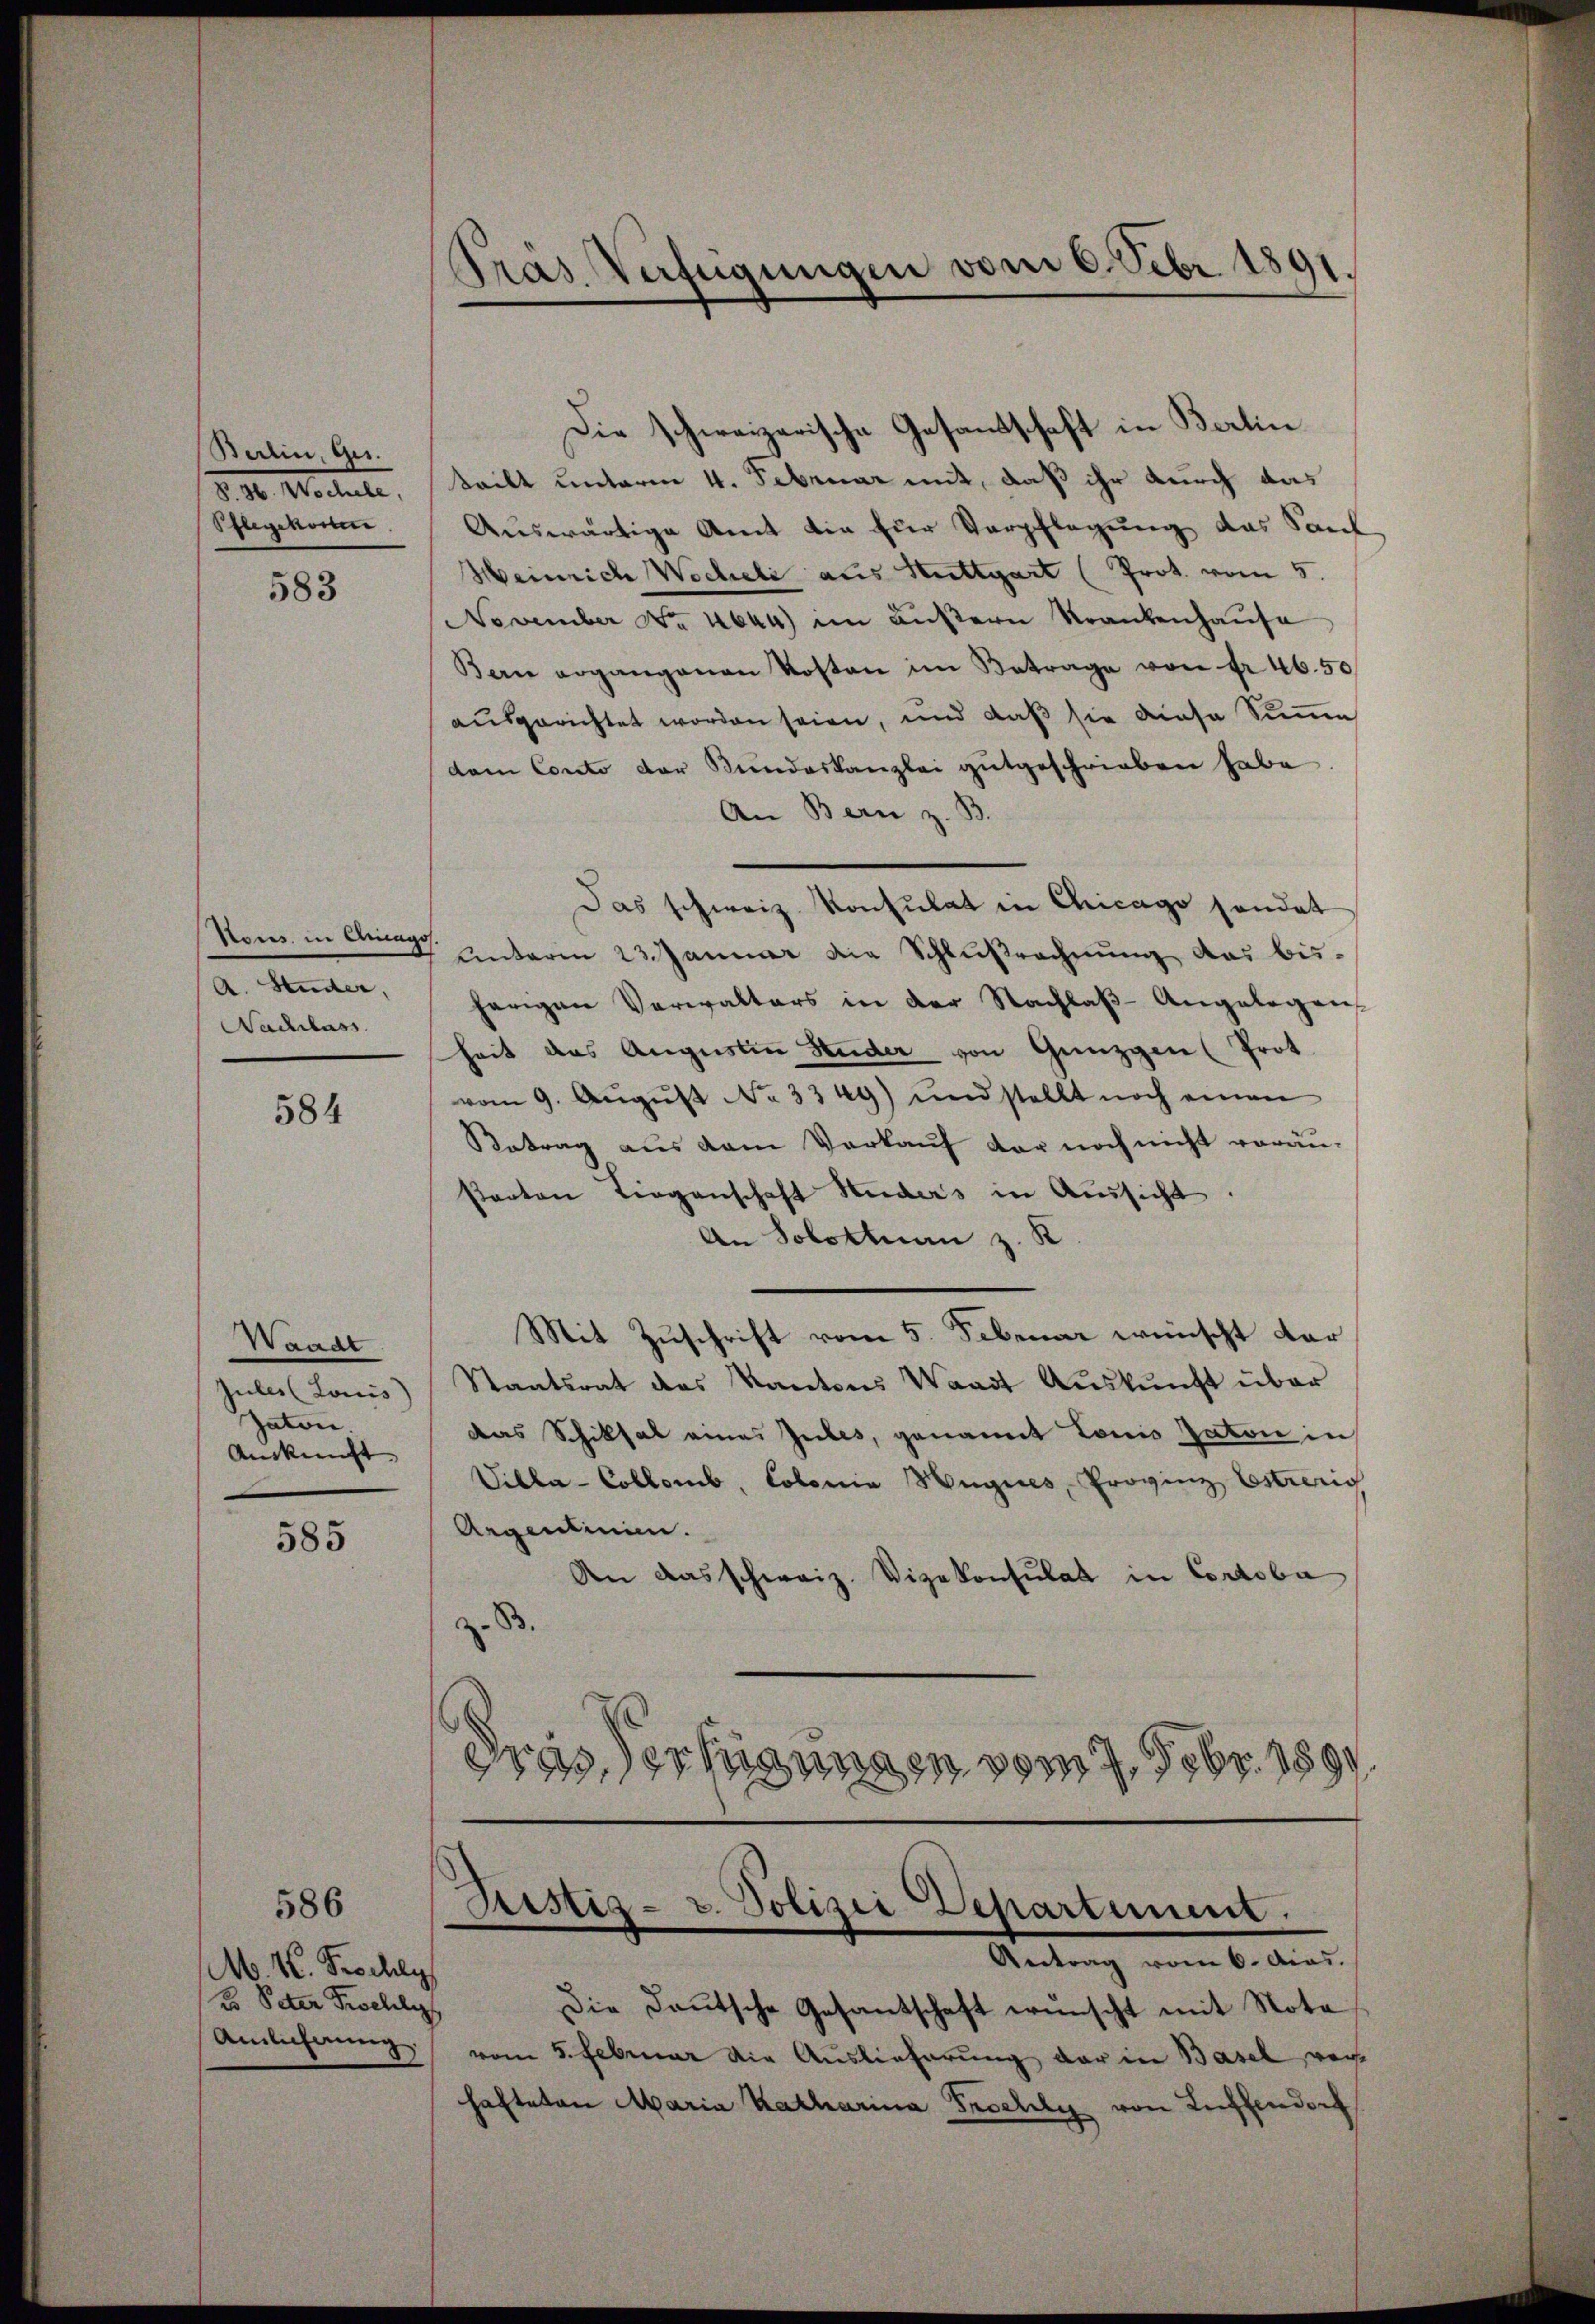
Batin, Ges.
d. 30. Martete,
Pflegekomm

583

A. Ander,
Nachlass

584

Waadt
Jules Louis
Gaton.
Auskunft

585

M. H. Prochly
2o Peten Felly
Amlichung.

586

Die schweizerische Gesandschaft in Bertin
tteilt unterm 4. Februar mit, daß ihr durch das
Auswärtige Amt die für Verpflegung das Sant
Heinrich Wocheli aus Stuttgart (Prot. vom 5.
November No. 4644) im äußern Krankenhause
Bern ergangenen Kosten im Betrage von Fr. 46. 50
ausgerichtet worden seien, und daß sie diese Summe
dem Conto der Stundeskanzlei gutgeschrieben habe
An Bern z. B.
Das schweiz. Konsulat in Chicago sendet
Nons in Anna unterm 23. Januar die Schlußrechnung das bisherigen Verwalters in der Nachlaβ-Angelegen
heit das Aŭgŭstin Studer von Günzgen Prot
vom 9. Aŭgŭst No 3349) und stellt noch einen
Retrag aus dem Verkauf der noch nicht veräu-
starten Liegenschaft Huders in Aussicht.
An Solothurn z. K
Mit Zuschrift vom 5. Februar wünscht dar
Staatsrat des Kantons Waadt Auskunft über
das Schiksal eines Gutes, genannt Louis Paton in
Vibla-Collomb, Colonia Hugices, Provinz Estreng
Argenlinien.
An das schweiz. Vizekonsulat in Corroba
B.
dres Verfügungen vom 7. Febr. 1890

Präs. Verfügungen vom 6. Febr. 1891.

Eistiz- u. Polizei Departement.
Antrag vom 6. Acas.

Die Daŭtsche Gesantschaft wünscht mit Note
vom 5. Februar die Auslieferung der in Basel verhafteten Maria Katharina Prochely von Luthender